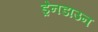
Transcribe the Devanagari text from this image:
ड्रेनडाउन